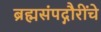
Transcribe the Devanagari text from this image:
ब्रह्मसंपद्गौरींचे